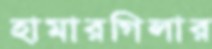
হামারগিলার